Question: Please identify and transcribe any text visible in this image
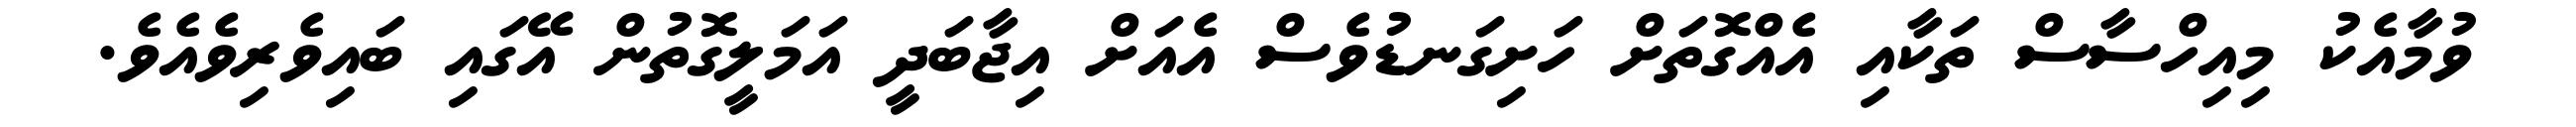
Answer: ވުމާއެކު މިއިހްސާސް ތަކާއި އެއްގޮތަށް ހަށިގަނޑުވެސް އެއަށް އިޖާބަދީ އަމަލީގޮތުން އޭގައި ބައިވެރިވެއެވެ.